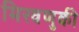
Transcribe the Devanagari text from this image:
मिरवणुकी